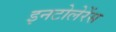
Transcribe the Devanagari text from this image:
इनटोलेरेंस